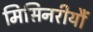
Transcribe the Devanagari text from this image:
मिसिनरीयौं